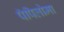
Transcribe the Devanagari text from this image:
पॅपिलोमा